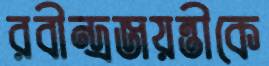
রবীন্দ্রজয়ন্তীকে